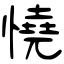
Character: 憢